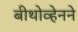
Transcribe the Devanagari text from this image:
बीथोव्हेनने